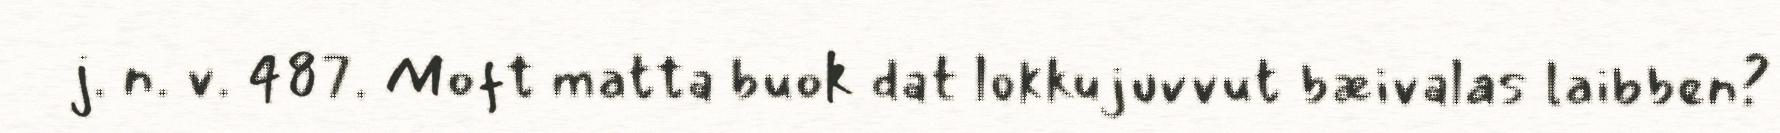
j. n. v. 487. Moft matta buok dat lokkujuvvut bæivalas laibben?